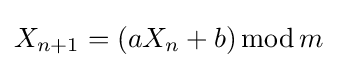
X_{n+1}=(aX_{n}+b)\,{\textrm {mod}}\,m